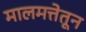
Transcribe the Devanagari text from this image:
मालमत्तेतून